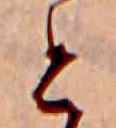
と